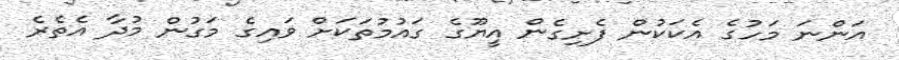
އަންނަ މަހުގެ އެކަކުން ފެށިގެން އީޔޫގެ ގައުމުތަކަށް ވައިގެ މަގުން މުދާ އެތެރެ